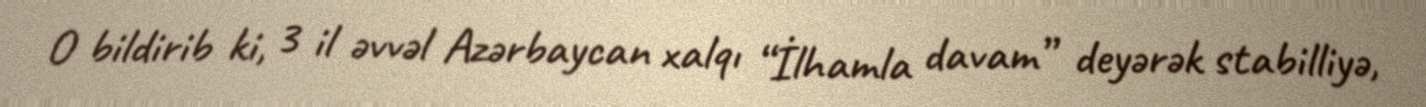
O bildirib ki, 3 il əvvəl Azərbaycan xalqı “İlhamla davam” deyərək stabilliyə,